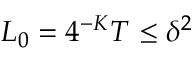
L _ { 0 } = 4 ^ { - K } T \le \delta ^ { 2 }